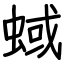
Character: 蜮